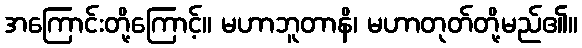
အကြောင်းတို့ကြောင့်။ မဟာဘူတာနိ၊ မဟာတုတ်တို့မည်၏။